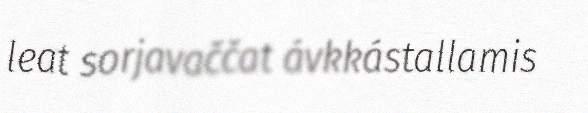
leat sorjavaččat ávkkástallamis